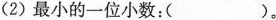
(2)最小的一位小数：( )。